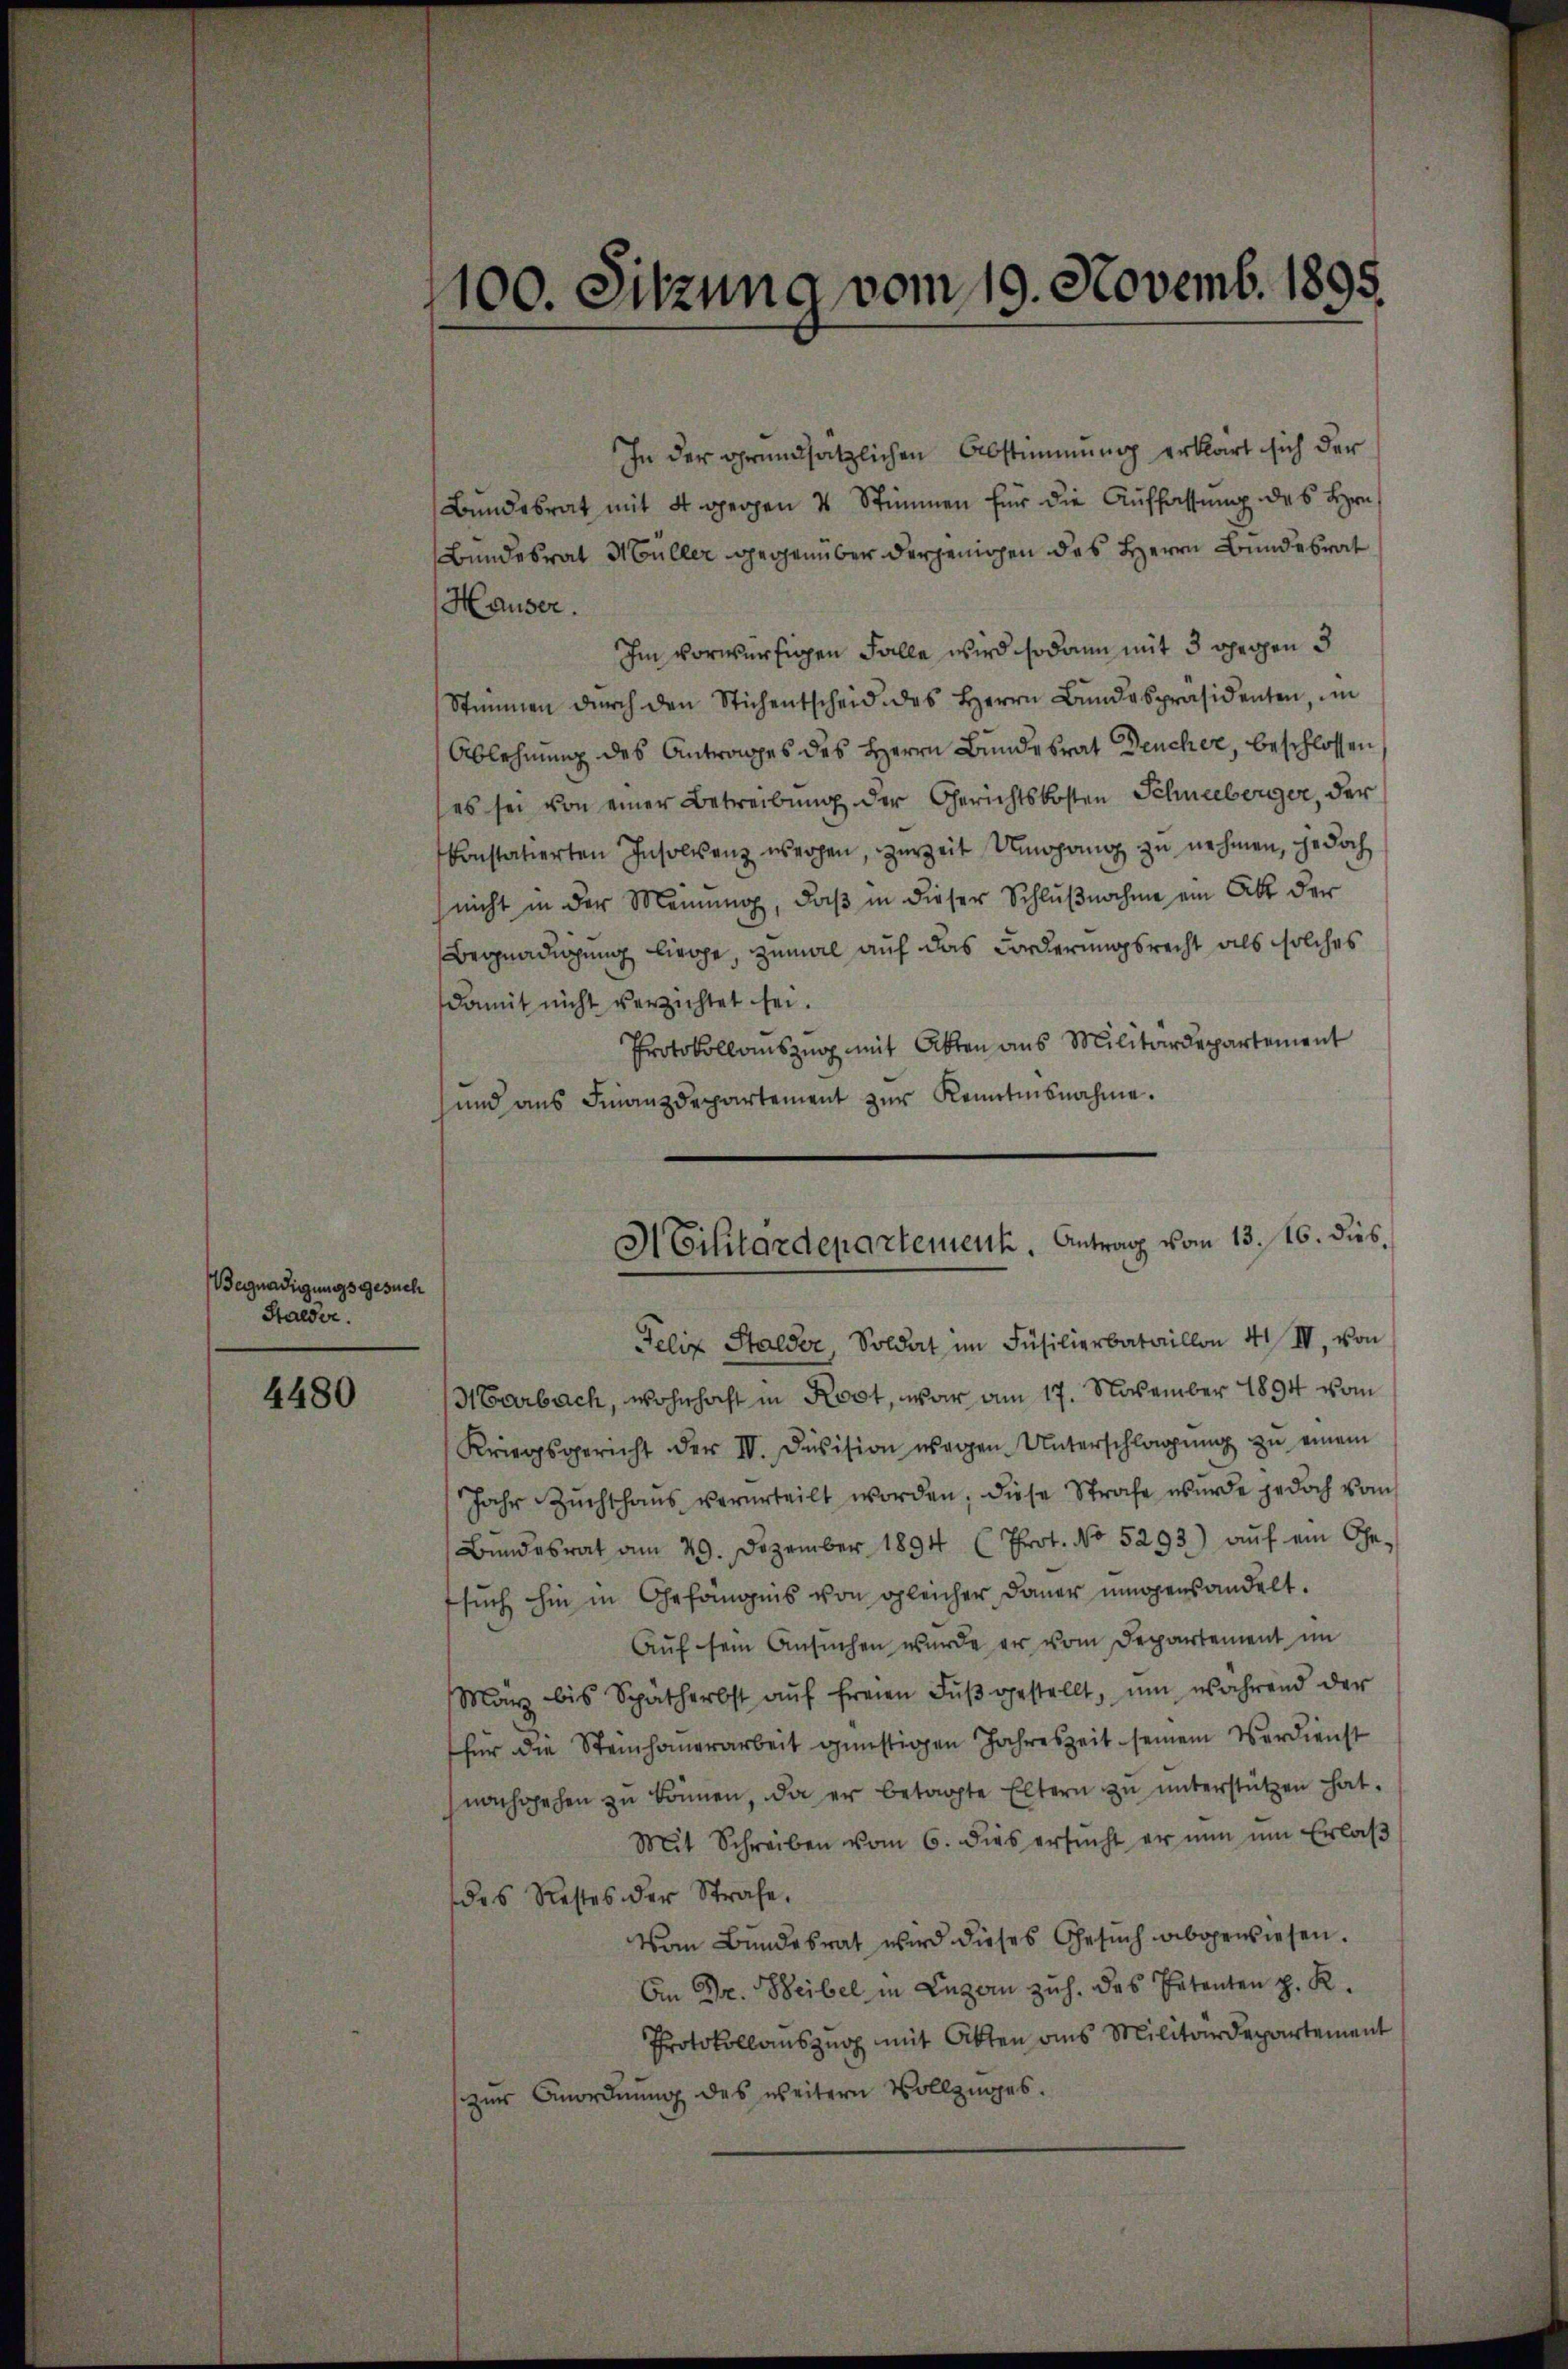
Begnadigungsgesuch
Halder.

4480

1100. Sitzung vom 19. Novemb. 1895.

In der grundsätzlichen Abstimmung erklärt sich der
Bundesrat mit 4 gegen 4 Stimmen für die Auffassung des Hrn
Bundesrat Müller gegenüber derjenigen des Herrn Bundesrat
Hauser.
Im vorwürfigen Falle wird sodann mit 3 gegen 3
Stimmen dŭrch den Stichentscheid des Herrn Bŭndespräsidenten, im
Ablehnung des Antrages des Herrn Bundesrat Deucher, beschlossen
(es sei von einer Betreibung der Gerichtskosten Schneeberger, der
konstatierten Insolvenz werden, zurzeit Umgang zu nehmen, jedoch
nicht in der Meinung, daß in dieser Schlußnahme ein Akt der
Begnadigung liege, zumal auf das Forderungsrecht als solches
damit nicht verzichtet sei.
Protokollauszug mit Akten aus Militärdepartement
und ans Finanzdepartement zŭr Kenntnisnahme.
Felix Stalder, Soldat im Füsilierbataillon 4 IV. von
Harbach, wohnhaft in Rost, war am 17. November 1894 vom
Kriegsgericht der IV. Division wegen Unterschlagŭng zŭ einem
Jahr Zuchthaŭs verurteilt worden, diese Strafe wurde jedoch vom
Bŭndesrat am 29. Dezember 1894 (Prot. No 5293) aŭf ein Ge-
such hin in Gefängnis von gleicher Dauer ungensandelt.
Auf sein Ansuchen wurde er vom Departement im
März bis Spätherbst aŭf freien Fŭβ gestellt, um während der
für die Steinhauerarbeit günstigen Jahreszeit seinem Verdienst
nachgehen zu können, da er betragte Eltern zu unterstützen hat.
Mit Schreiben vom 6. dies ersŭcht er nŭn ŭm Erlaβ
des Restes der Strafe.
Vom Bundesrat wird dieses Gesŭch abgewiesen.
An Dr. Weibel in Luzern zuh. des Petenten z. R.
Protokollauszug mit Akten aus Militärdepartement
zur Anordnung des weitern Vollzuges.

MEilitärdepartement. Antrag vom 13. 16. dies